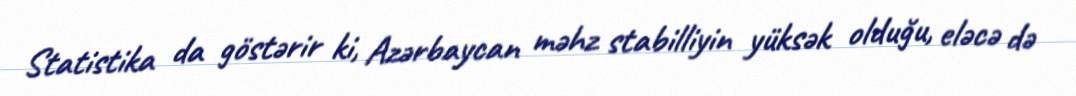
Statistika da göstərir ki, Azərbaycan məhz stabilliyin yüksək olduğu, eləcə də